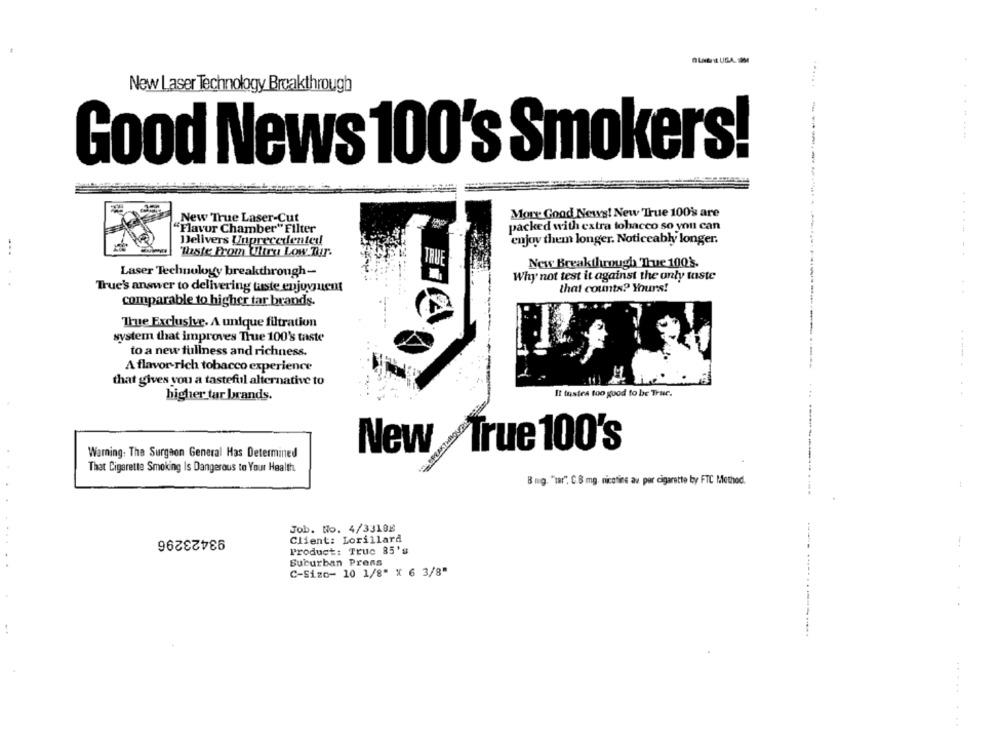
New Laser Technology Breakthrough
..... .
Good News 100's Smokers!
More Good News! New 'True 100' are
New True Laser-Cut
"Flavor Chamber" Filter
packed with extra tobacco so you can
Delivers Unprecedented
enjoy them longer. Noticeably longer.
Waste From Witry Low Tir.
..... ..
TRU
New Breakthrough 'True 1008.
Laser Technology breakthrough-
Why not test it against the only taste
True's answer to delivering waste enjoyment
that counts? Yours!
comparable to higher tar brands.
Thue Exclusive. A unique filtration
system that improves True 100's taste
to a new fullness and richness.
A flavor-rich tobacco experience
that gives you a tasteful alternative to
It tustes too good to be True.
higher tar brands.
New /True 100's
Warning: The Surgeon General Has Determined
That Cigarette Smoking Is Dangerous to Your Health
8 mg. "tar" C.8 mg nicotina av por cigarette by FTC Method.
93423296
Job. No. 4/33108
Client: Lorillard
Product: True 85's
. .
Suburban Prens
C-Size- 10 1/8" X 6 3/8"